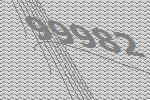
99982